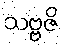
သဗ္ဗဇိ